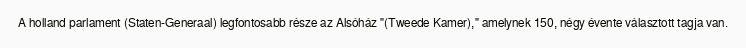
A holland parlament (Staten-Generaal) legfontosabb része az Alsóház "(Tweede Kamer)," amelynek 150, négy évente választott tagja van.